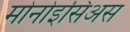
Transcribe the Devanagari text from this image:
मोनोइसिअस